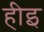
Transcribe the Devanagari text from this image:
हीइ